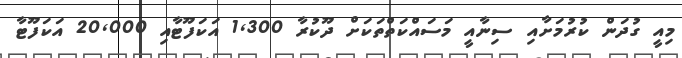
މިއީ ގުދަން ކުރުމަށާއި ސިނާއީ މަސައްކަތްތަކަށް ދޫކުރާ 1